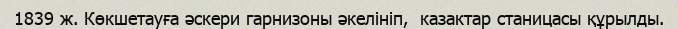
1839 ж. Көкшетауға әскери гарнизоны әкелініп,  казактар станицасы құрылды.